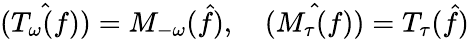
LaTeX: \hat{(T_{\omega}(f))}=M_{-\omega}(\hat{f}),\quad\hat{(M_{\tau}(f))}=T_{\tau}(\hat{f})